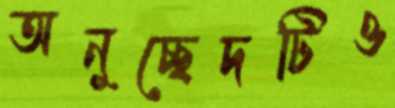
অনুচ্ছেদটিও